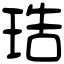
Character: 𤥢